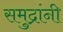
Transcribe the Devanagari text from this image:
समुद्रांनी